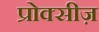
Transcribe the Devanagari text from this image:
प्रोक्सीज़